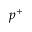
p ^ { + }